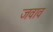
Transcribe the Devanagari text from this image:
जवाव